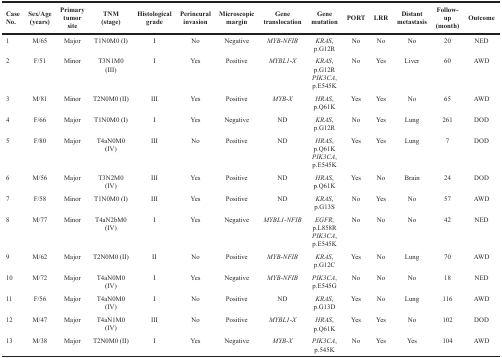
<table><thead><tr><td><b>Case No.</b></td><td><b>Sex/Age (years)</b></td><td><b>Primary tumor site</b></td><td><b>TNM (stage)</b></td><td><b>Histologicalgrade</b></td><td><b>Perineural invasion</b></td><td><b>Microscopic margin</b></td><td><b>Gene translocation</b></td><td><b>Gene mutation</b></td><td><b>PORT</b></td><td><b>LRR</b></td><td><b>Distant metastasis</b></td><td><b>Follow-up (month)</b></td><td><b>Outcome</b></td></tr></thead><tbody><tr><td>1</td><td>M/65</td><td>Major</td><td>T1N0M0 (I)</td><td>I</td><td>No</td><td>Negative</td><td><i>MYB</i>-<i>NFIB</i></td><td><i>KRAS</i>, p.G12R</td><td>No</td><td>No</td><td>No</td><td>20</td><td>NED</td></tr><tr><td>2</td><td>F/51</td><td>Minor</td><td>T3N1M0 (III)</td><td>I</td><td>Yes</td><td>Positive</td><td><i>MYBL1</i>-<i>X</i></td><td><i>KRAS</i>, p.G12R<i>PIK3CA</i>, p.E545K</td><td>No</td><td>Yes</td><td>Liver</td><td>60</td><td>AWD</td></tr><tr><td>3</td><td>M/81</td><td>Minor</td><td>T2N0M0 (II)</td><td>III</td><td>Yes</td><td>Positive</td><td><i>MYB</i>-<i>X</i></td><td><i>HRAS</i>, p.Q61K</td><td>Yes</td><td>Yes</td><td>No</td><td>65</td><td>AWD</td></tr><tr><td>4</td><td>F/66</td><td>Major</td><td>T1N0M0 (I)</td><td>I</td><td>Yes</td><td>Negative</td><td>ND</td><td><i>KRAS</i>, p.G12R</td><td>No</td><td>Yes</td><td>Lung</td><td>261</td><td>DOD</td></tr><tr><td>5</td><td>F/80</td><td>Major</td><td>T4aN0M0 (IV)</td><td>III</td><td>No</td><td>Positive</td><td>ND</td><td><i>HRAS</i>, p.Q61K<i>PIK3CA</i>, p.E545K</td><td>Yes</td><td>Yes</td><td>Lung</td><td>7</td><td>DOD</td></tr><tr><td>6</td><td>M/56</td><td>Major</td><td>T3N2M0 (IV)</td><td>III</td><td>Yes</td><td>Positive</td><td>ND</td><td><i>HRAS</i>, p.Q61K</td><td>Yes</td><td>No</td><td>Brain</td><td>24</td><td>DOD</td></tr><tr><td>7</td><td>F/58</td><td>Minor</td><td>T1N0M0 (I)</td><td>III</td><td>Yes</td><td>Positive</td><td>ND</td><td><i>KRAS</i>, p.G13S</td><td>No</td><td>Yes</td><td>No</td><td>57</td><td>AWD</td></tr><tr><td>8</td><td>M/77</td><td>Minor</td><td>T4aN2bM0 (IV)</td><td>I</td><td>Yes</td><td>Negative</td><td><i>MYBL1</i>-<i>NFIB</i></td><td><i>EGFR</i>, p.L858R<i>PIK3CA</i>, p.E545K</td><td>No</td><td>No</td><td>No</td><td>42</td><td>NED</td></tr><tr><td>9</td><td>M/62</td><td>Major</td><td>T2N0M0 (II)</td><td>II</td><td>No</td><td>Positive</td><td><i>MYB</i>-<i>NFIB</i></td><td><i>KRAS</i>, p.G12C</td><td>Yes</td><td>No</td><td>Lung</td><td>70</td><td>AWD</td></tr><tr><td>10</td><td>M/72</td><td>Major</td><td>T4aN0M0 (IV)</td><td>I</td><td>Yes</td><td>Negative</td><td><i>MYB</i>-<i>NFIB</i></td><td><i>PIK3CA</i>, p.E545G</td><td>No</td><td>No</td><td>No</td><td>18</td><td>NED</td></tr><tr><td>11</td><td>F/56</td><td>Major</td><td>T4aN0M0 (IV)</td><td>I</td><td>No</td><td>Positive</td><td>ND</td><td><i>KRAS</i>, p.G13D</td><td>Yes</td><td>No</td><td>Lung</td><td>116</td><td>AWD</td></tr><tr><td>12</td><td>M/47</td><td>Major</td><td>T4aN1M0 (IV)</td><td>III</td><td>No</td><td>Positive</td><td><i>MYBL1</i>-<i>X</i></td><td><i>HRAS</i>, p.Q61K</td><td>Yes</td><td>Yes</td><td>No</td><td>102</td><td>DOD</td></tr><tr><td>13</td><td>M/38</td><td>Major</td><td>T2N0M0 (II)</td><td>I</td><td>Yes</td><td>Negative</td><td><i>MYB-X</i></td><td><i>PIK3CA</i>, p.545K</td><td>No</td><td>Yes</td><td>Yes</td><td>104</td><td>AWD</td></tr></tbody></table>